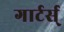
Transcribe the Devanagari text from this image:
गार्टर्स्